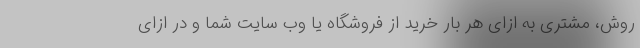
روش، مشتری به ازای هر بار خرید از فروشگاه یا وب سایت شما و در ازای